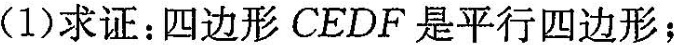
(1)求证：四边形 CEDF 是平行四边形；